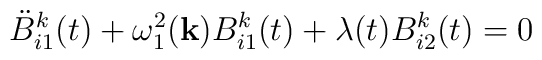
\ddot{B}_{i1}^k(t)+\omega_1^2({\bf k})B_{i1}^k(t)+\lambda(t)B_{i2}^k(t)=0